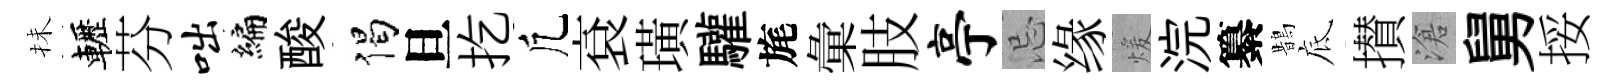
抺轣芬咄编酸偈旦扢凢袞璜驩旄彙肢亭忌缘煖浣纂鵲底攅滄舅挼